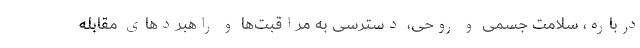
درباره، سلامت جسمی و روحی، دسترسی به مراقبت‌ها و راهبردهای مقابله